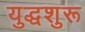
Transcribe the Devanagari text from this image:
युद्धशुरू